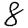
Digit: 8